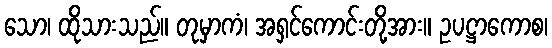
သော၊ ထိုသားသည်။ တုမှာကံ၊ အရှင်ကောင်းတို့အား။ ဥပဋ္ဌာကောစ၊